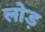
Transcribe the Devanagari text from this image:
लोड़